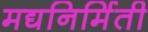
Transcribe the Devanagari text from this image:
मद्यनिर्मिती